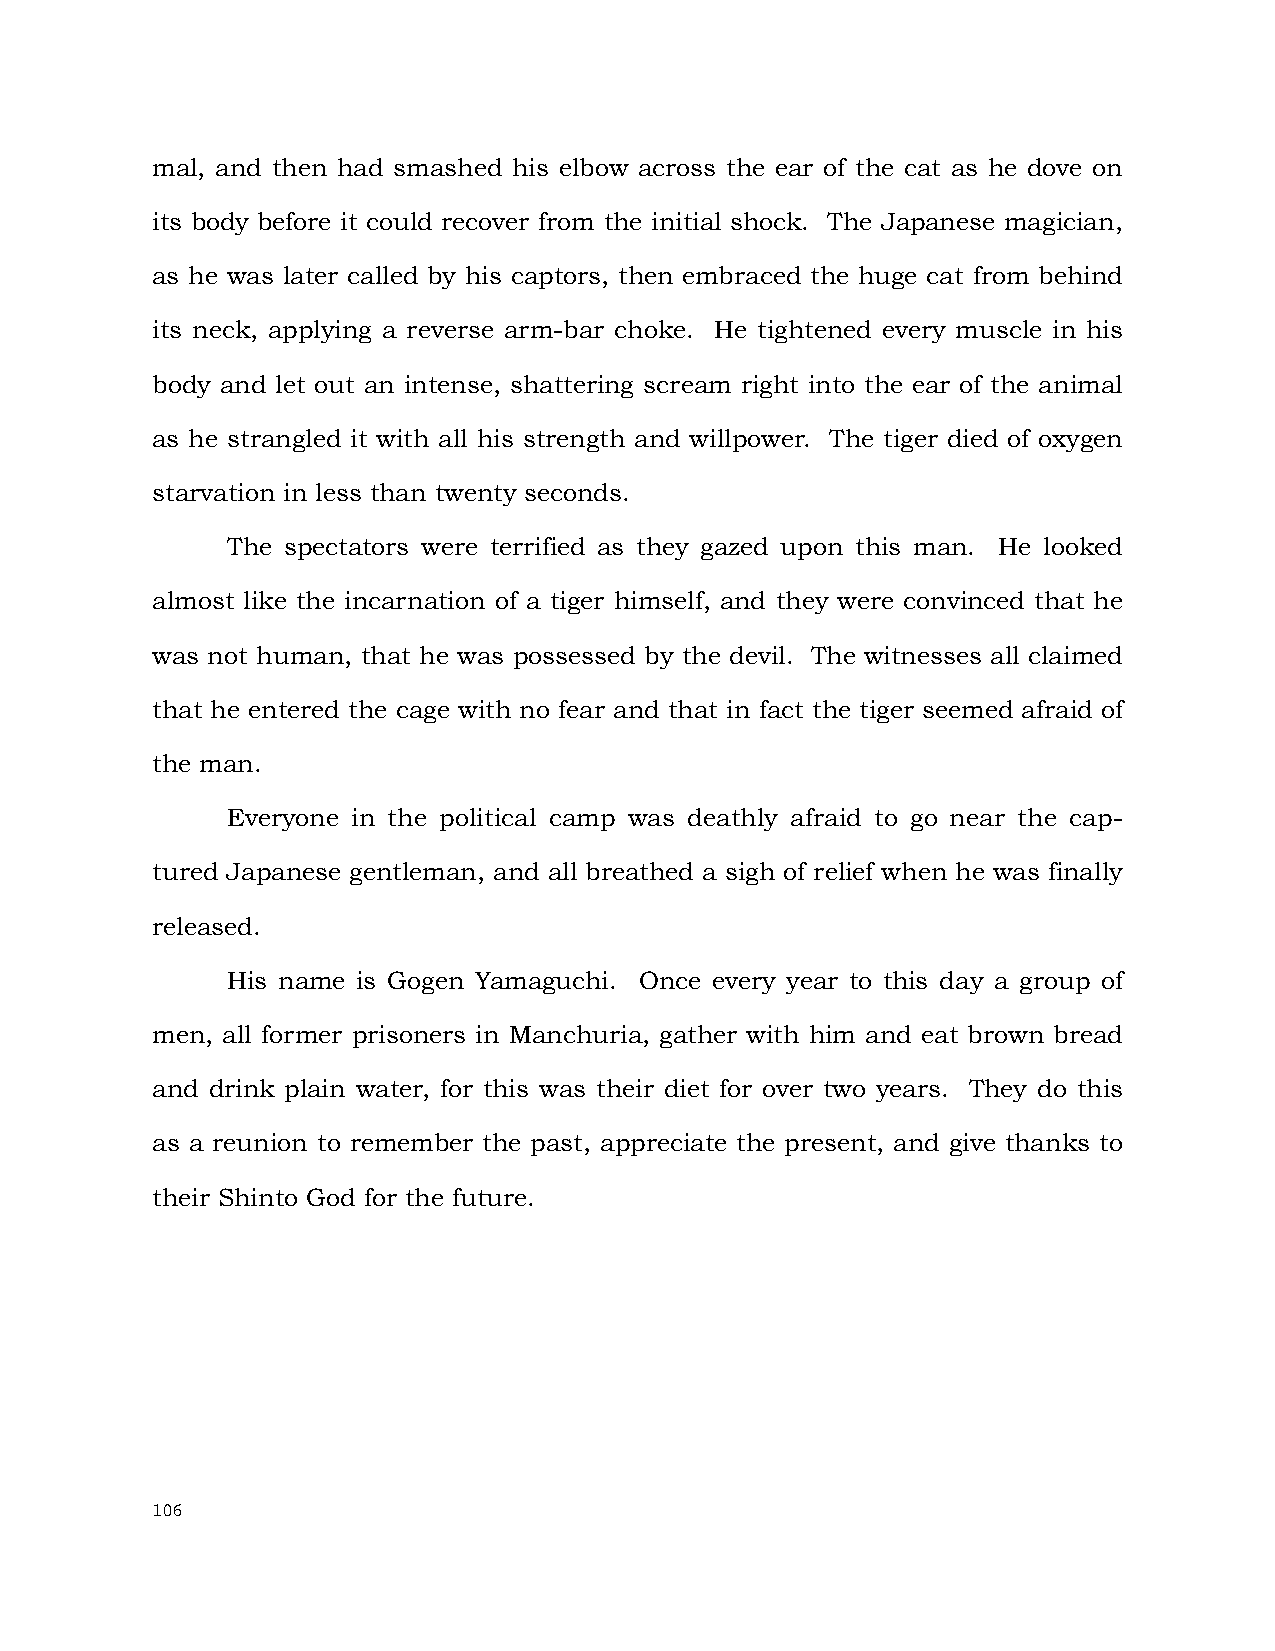
mal, and then had smashed his elbow across the ear of the cat as he dove on
 its body before it could recover from the initial shock. The Japanese magician,
 as he was later called by his captors, then embraced the huge cat from behind
 its neck, applying a reverse arm-bar choke. He tightened every muscle in his
 body and let out an intense, shattering scream right into the ear of the animal
 as he strangled it with all his strength and willpower. The tiger died of oxygen
 starvation in less than twenty seconds.
 The spectators were terrified as they gazed upon this man. He looked
 almost like the incarnation of a tiger himself, and they were convinced that he
 was not human, that he was possessed by the devil. The witnesses all claimed
 that he entered the cage with no fear and that in fact the tiger seemed afraid of
 the man.
 Everyone in the political camp was deathly afraid to go near the cap-
 tured Japanese gentleman, and all breathed a sigh of relief when he was finally
 released.
 His name is Gogen Yamaguchi. Once every year to this day a group of
 men, all former prisoners in Manchuria, gather with him and eat brown bread
 and drink plain water, for this was their diet for over two years. They do this
 as a reunion to remember the past, appreciate the present, and give thanks to
 their Shinto God for the future.
 106